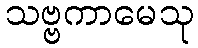
သဗ္ဗကာမေသု